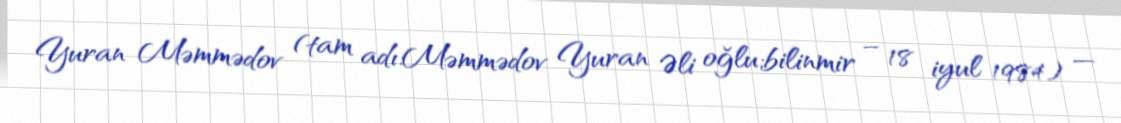
Yuran Məmmədov (tam adı:Məmmədov Yuran Əli oğlu;bilinmir – 18 iyul 1984) —